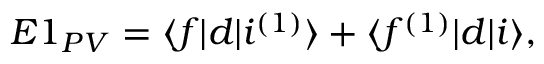
\begin{array} { r } { E 1 _ { P V } = \langle f | d | i ^ { ( 1 ) } \rangle + \langle f ^ { ( 1 ) } | d | i \rangle , } \end{array}